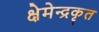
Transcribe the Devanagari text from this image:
क्षेमेन्द्रकृत